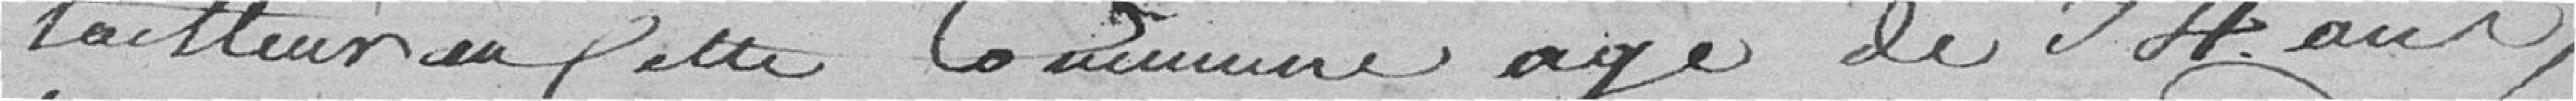
tailleur en cette commune, âgé de 34 ans,